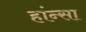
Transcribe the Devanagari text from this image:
हांन्सा